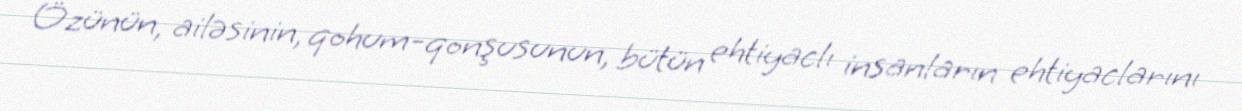
Özünün, ailəsinin, qohum-qonşusunun, bütün ehtiyaclı insanların ehtiyaclarını